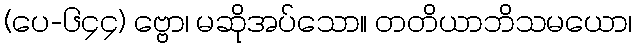
(ပေ-၆၄၄) ဗ္ဗော၊ မဆိုအပ်သော။ တတိယာဘိသမယော၊